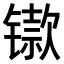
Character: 𫔋